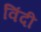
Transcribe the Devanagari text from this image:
विंदी